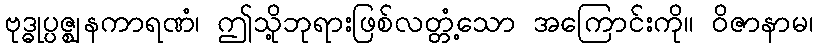
ဗုဒ္ဓုပ္ပဇ္ဈနကာရဏံ၊ ဤသို့ဘုရားဖြစ်လတ္တံ့သော အကြောင်းကို။ ဝိဇာနာမ၊